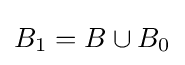
B_{1}=B\cup B_{0}